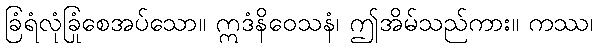
ခြံရံလုံခြုံစေအပ်သော။ ဣဒံနိဝေသနံ၊ ဤအိမ်သည်ကား။ ကဿ၊